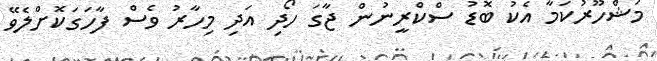
މަޝްހޫރުކަމާ އެކު ބޮޑު ސްކްރީނުން ޖާގަ ހޯދި އަދި މިހާރު ވެސް ފާހަގަކޮށްލެވޭ